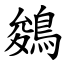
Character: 鵕